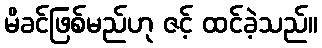
မိခင်ဖြစ်မည်ဟု ဇင့် ထင်ခဲ့သည်။